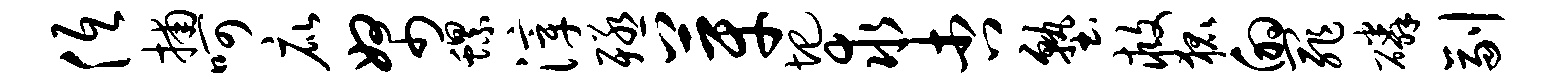
低捕呵庇帑螺滓殛芽圯求杏塾救狐的罪磷副